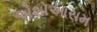
એશોઆરામ